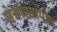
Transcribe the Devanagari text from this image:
सेबास्तोपोल